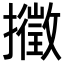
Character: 𢷸